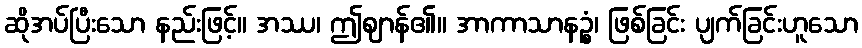
ဆိုအပ်ပြီးသော နည်းဖြင့်။ အဿ၊ ဤဈာန်၏။ အာကာသာနဉ္စံ၊ ဖြစ်ခြင်း ပျက်ခြင်းဟူသော